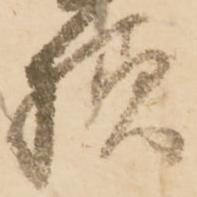
様